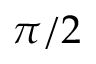
\pi / 2